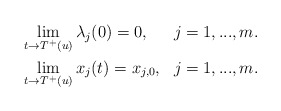
\begin{align*}\begin{aligned}&\lim_{t\rightarrow T^{+}(u)}\lambda_{j}(0)=0, &j=1,...,m.\\&\lim_{t\rightarrow T^{+}(u)}x_{j}(t)=x_{j,0}, & j=1,...,m.\end{aligned}\end{align*}